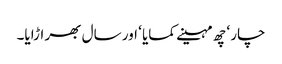
چار ‘ چھ مہینے کمایا ‘ اور سال بھر اڑایا۔